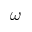
\omega